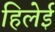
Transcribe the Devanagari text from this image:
हिलेई